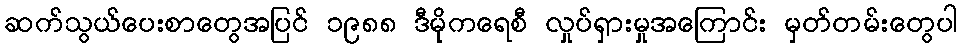
ဆက်သွယ်ပေးစာတွေအပြင် ၁၉၈၈ ဒီမိုကရေစီ လှုပ်ရှားမှုအကြောင်း မှတ်တမ်းတွေပါ